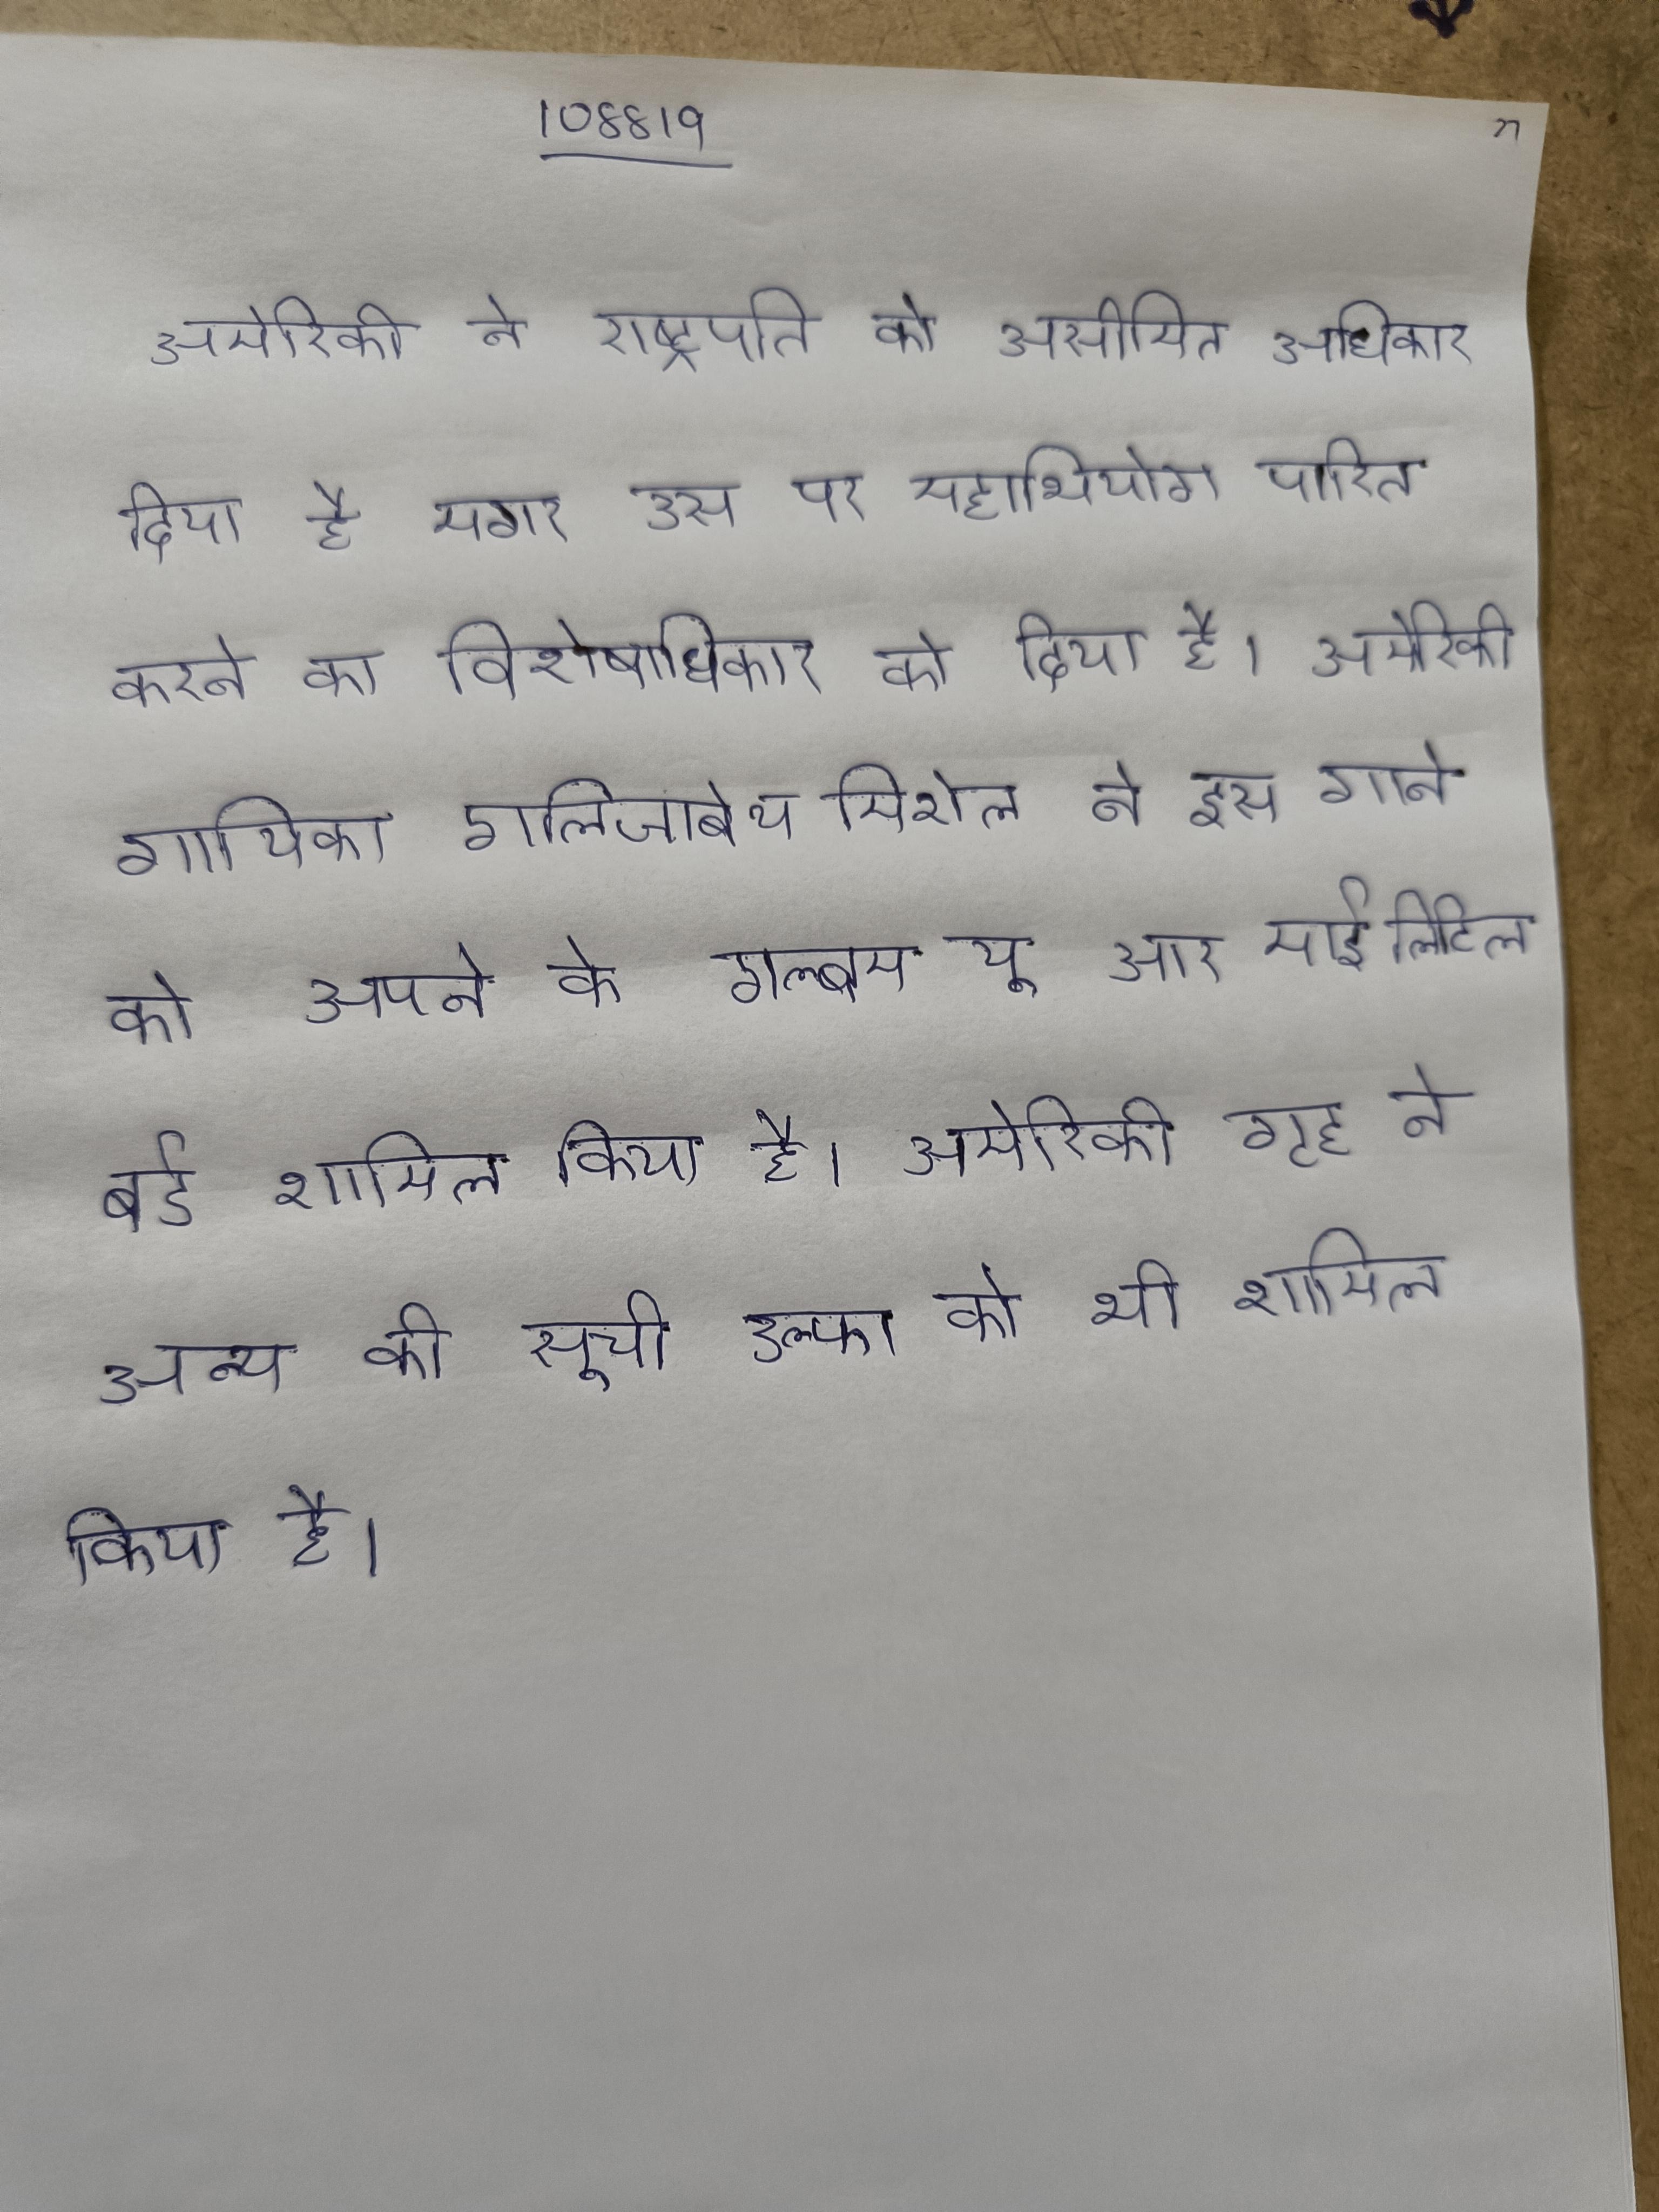
अमेरिकी ने राष्ट्रपति को असीमित अधिकार दिया है मगर उस पर महाभियोग पारित करने का विशेषाधिकार को दिया है । अमेरिकी गायिका एलिजाबेथ मिशेल ने इस गाने को अपने के एल्बम यू आर माई लिटिल बर्ड शामिल किया है । अमेरिकी गृह ने अन्य की सूची उल्फा को भी शामिल किया है ।